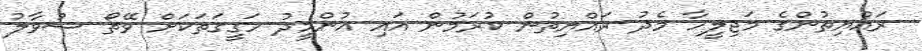
ރައްޔިތުންގެ މަޖިލީހާ މެދު ރައްޔިތުން ކުރަމުން އައި އުންމީދު ހަގީގަތަކަށް ވޭތޯ ސުވާލު